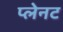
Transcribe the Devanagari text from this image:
प्लेनट